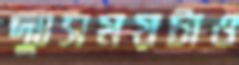
দুঃসময়টাও